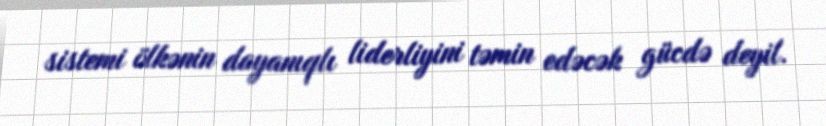
sistemi ölkənin dayanıqlı liderliyini təmin edəcək gücdə deyil.